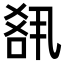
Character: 𪡘